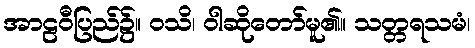
အာဠဝီပြည်၌။ ဝသိ၊ ဝါဆိုတော်မူ၏။ သတ္တရသမံ၊